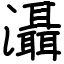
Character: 灄